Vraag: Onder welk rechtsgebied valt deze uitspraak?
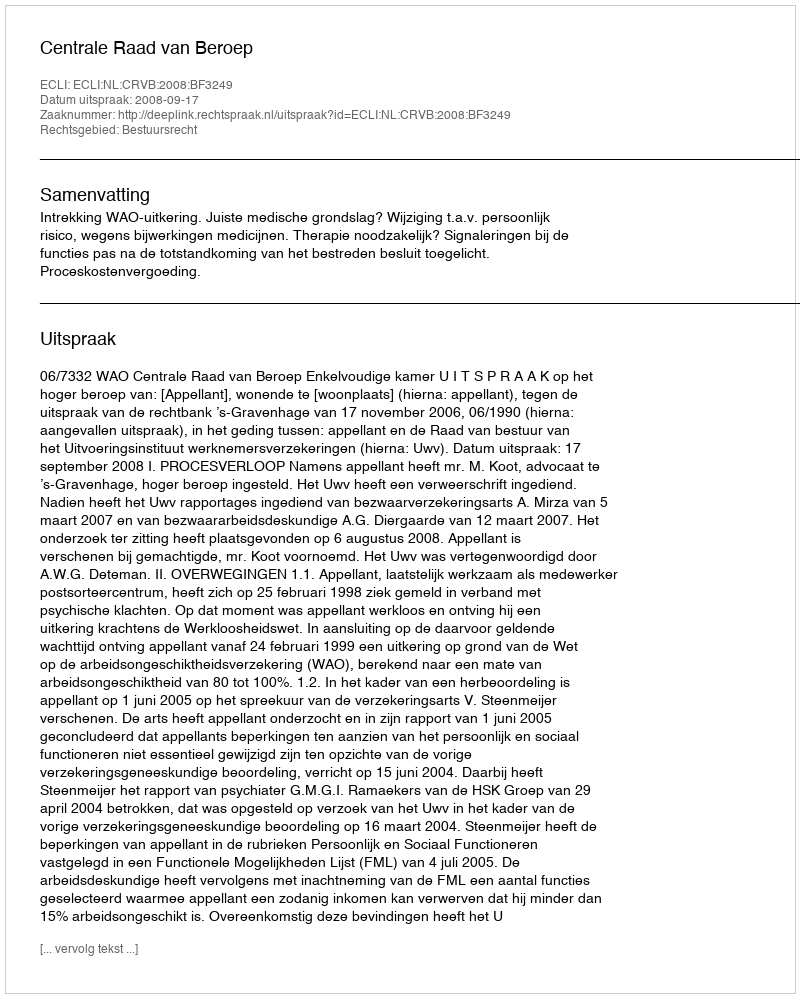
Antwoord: Bestuursrecht